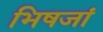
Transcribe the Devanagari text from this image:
भिषजां